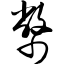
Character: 币